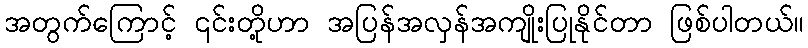
အတွက်ကြောင့် ၎င်းတို့ဟာ အပြန်အလှန်အကျိုးပြုနိုင်တာ ဖြစ်ပါတယ်။